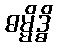
ဓမ္မိဒ္ဓိ